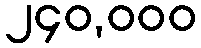
၂၄၀,၀၀၀